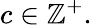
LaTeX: c\in\mathbb{Z}^{+}.